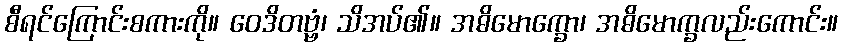
စီရင်ကြောင်းစကားကို။ ဝေဒိတဗ္ဗံ၊ သိအပ်၏။ အဓိမောက္ခော၊ အဓိမောက္ခလည်းကောင်း။